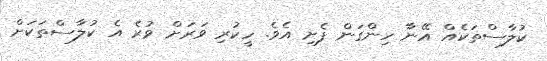
ކުލާސްތަކެއް އޭނާ ހިންގަން ފެށި އެވެ. ހީކުރި ވަރަށް ވުރެ އެ ކުލާސްތަކަށް